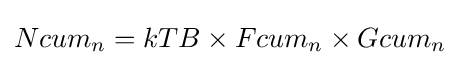
Ncum_{n}=kTB\times Fcum_{n}\times Gcum_{n}